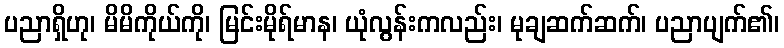
ပညာရှိဟု၊ မိမိကိုယ်ကို၊ မြင်းမိုရ်မာန၊ ယုံလွန်းကလည်း၊ မုချဆက်ဆက်၊ ပညာပျက်၏၊